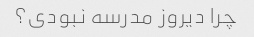
چرا دیروز مدرسه نبودی؟